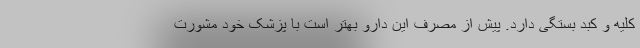
کلیه و کبد بستگی دارد. پیش از مصرف این دارو بهتر است با پزشک خود مشورت